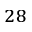
^ { 2 8 }